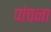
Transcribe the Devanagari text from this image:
पांचना